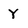
Character: Y